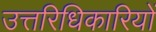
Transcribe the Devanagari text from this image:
उत्तरिधिकारियों